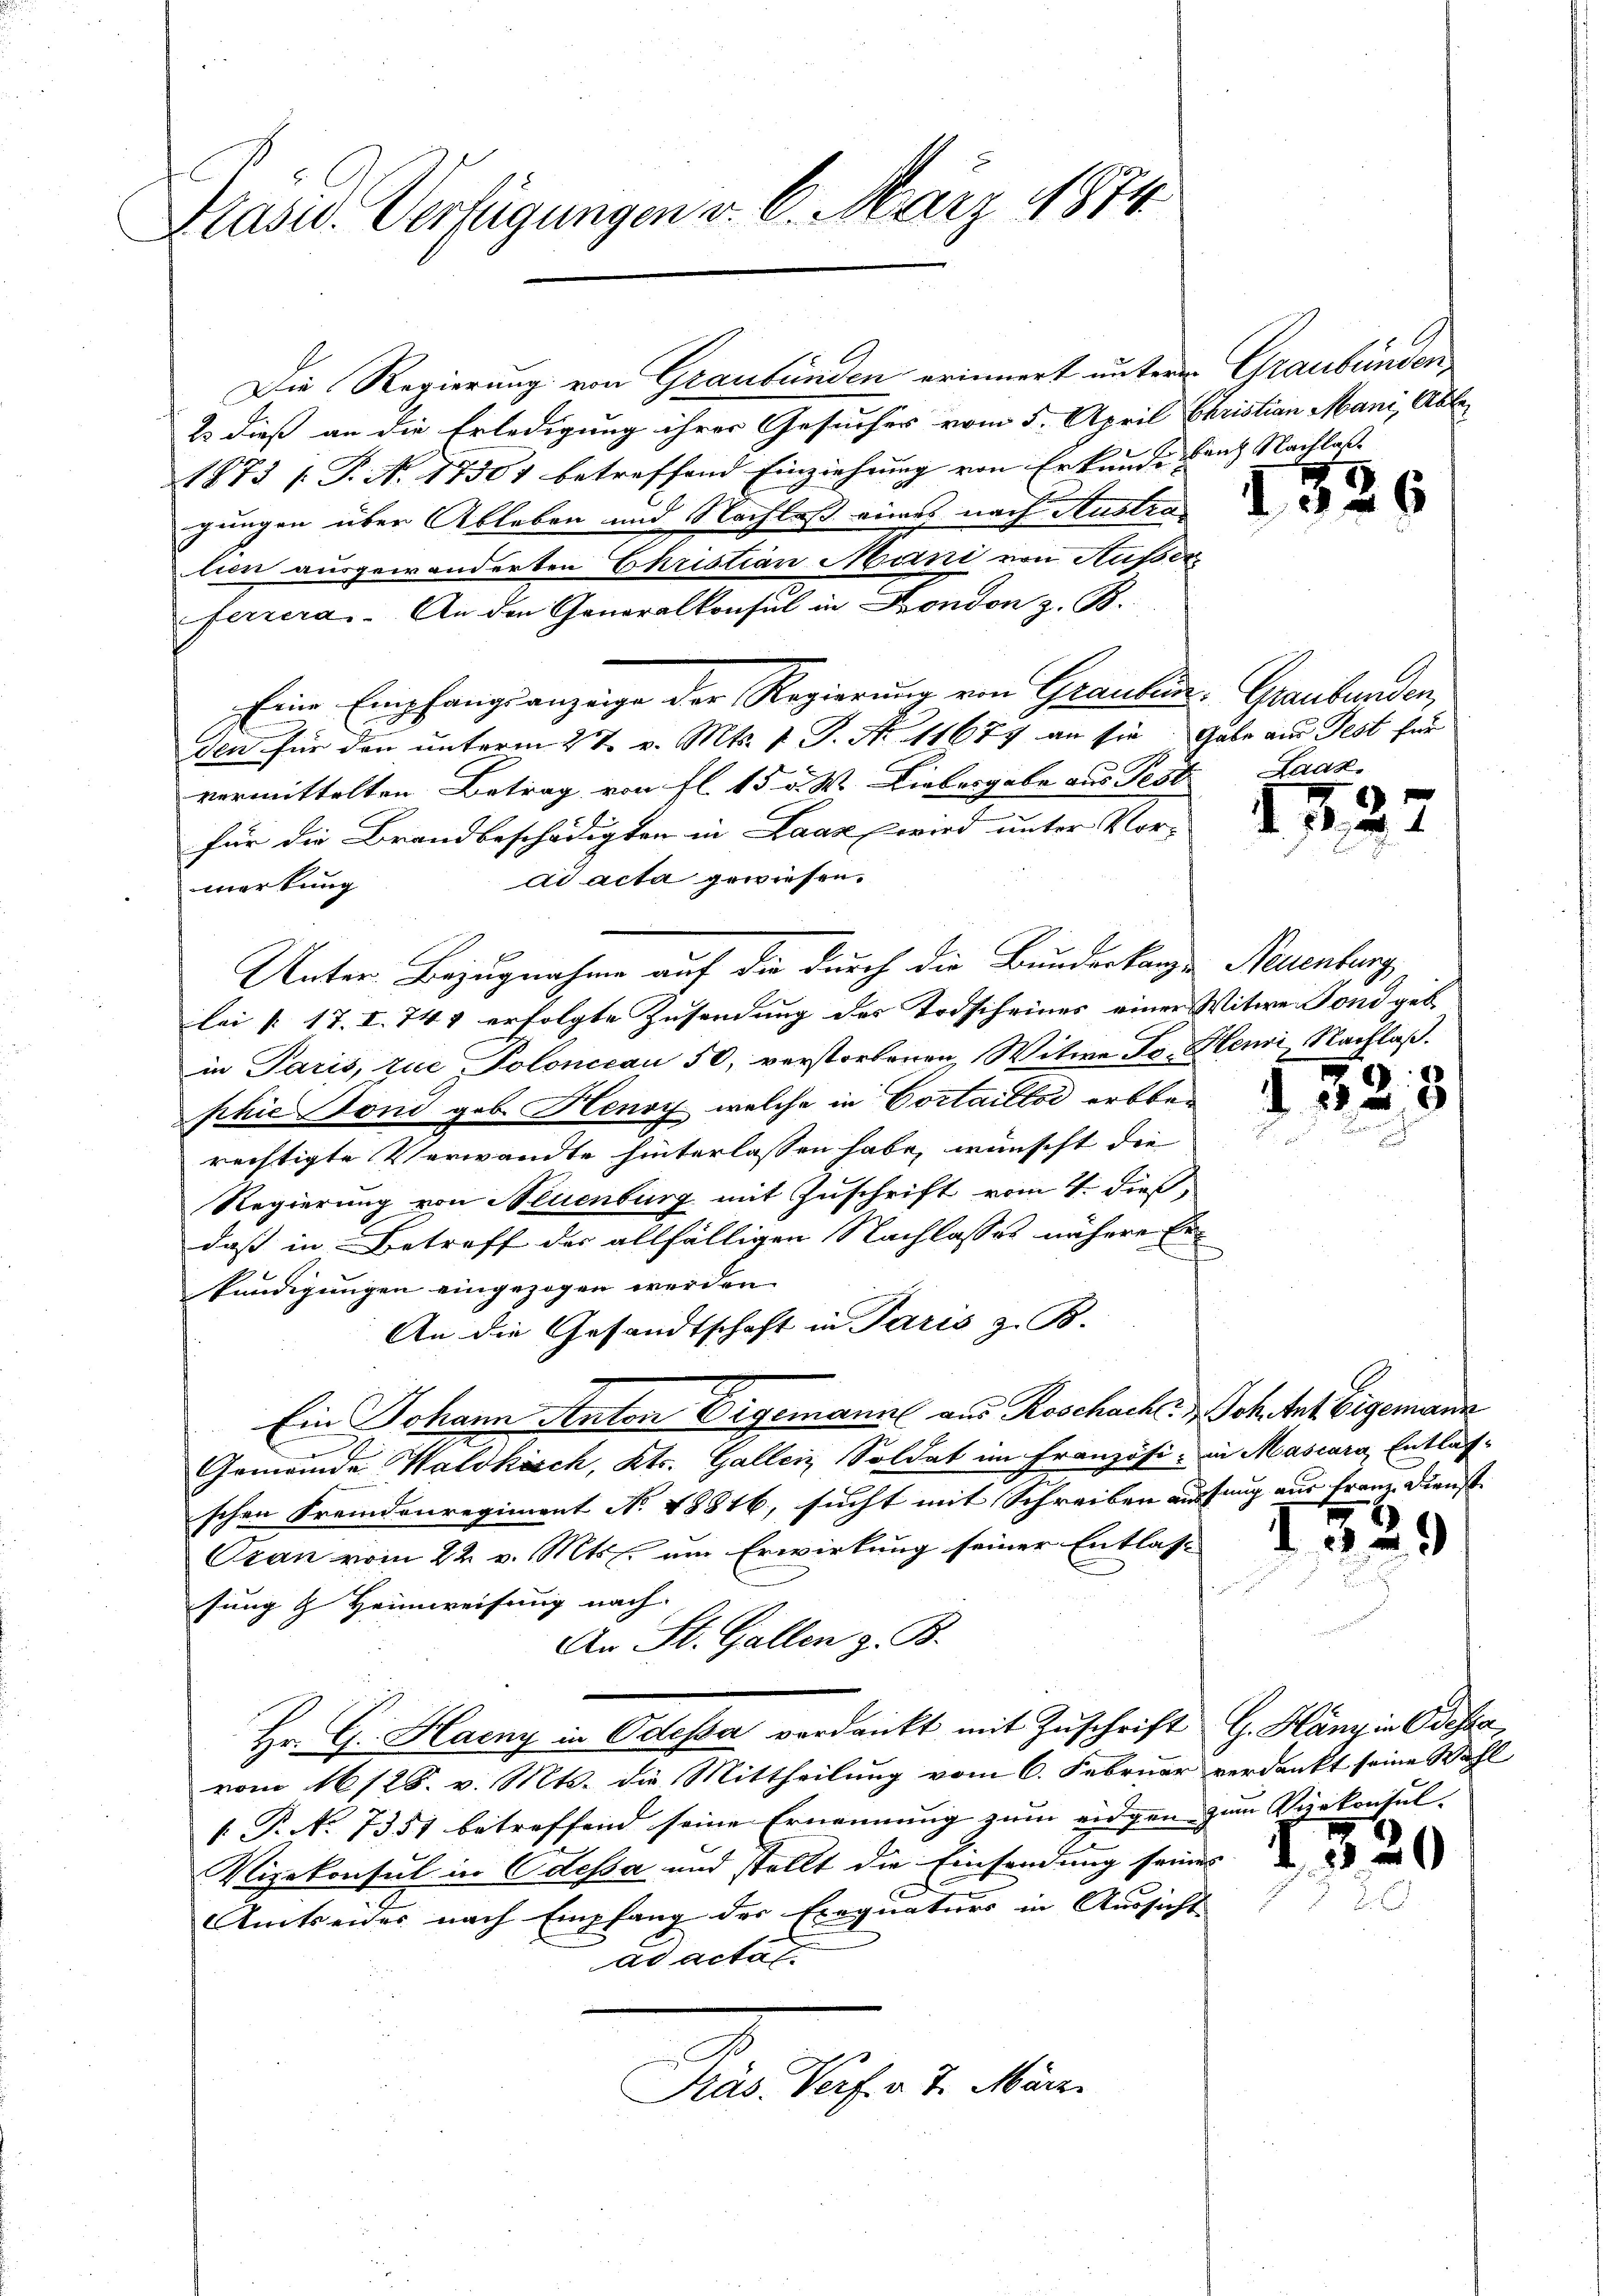
Präsid. Verfügungen v. 6. März 1874

Die Regierung von Graubünden erinnert untere Graubünden
23 dieß an die Erledigung ihrer Gesuches vom 5. April Christian Mani, Able¬
1873 s. S. N. 17501 betreffend Einziehung von Erkunde dann Nachlass |
gungen über Ableben und Nachlaß eines nach Austra
lien ausgewänderten Ehristian Mani von Ausser
ferzera. An den Generalkonsul in London z. B.
Eine Empfangsanzeige der Regierung von Graulin-Graubünden,
den für den unterm 2 t v. Mts. 1 P. Nr. 11677 an sie Gabe aus Fest für
vermittelten Betrag von fl. 15 u. W. Liebesgabe aus Pest
für die Brandbeschädigten in Laaz wird unter Vorad acta gewiesen.
merkung
Unter Bezugnahme auf die durch die Bundeskanz Neuenburg
lei § 17. I. 744 erfolgte Zusendung des Todscheines einer Witwe Fond geb.
in Paris, zue Polonccan 50, verstorbenen Witwe Jo. Hemi Nachlaß.
phie Fond geb. Henry welche in Costailloi erbber
rechtigte Verwandte hinterlassen habe, wünscht die
Regierung von Neuenburg mit Zuschrift vom 4. dieß,
daß in Betreff der allfälligen Nachlasses nähere Erkundigungen eingezogen werden.
An die Gesandtschaft in Paris z. B.
Ein Johann Anton Digsmann aus Roschach- & Sch tat Eigemann
Gemeinde Waldkisch, Kts. Gallenz, Soldat im Französi- in Mascara Entlas-
schen Fremdenregiment No 18816, sucht mit Schreiben aussung aus Franz Dienst |
Ozan vom 22. v. Mts. um Erwirkung seiner Entlas-
sung & Heimweisung nach
An St. Gallen z. B.
Hr. G. Haeny in Odessa verdankt mit Zuschrift G. Hangin Odessa,
vom 16128. v. Mts. die Mittheilung vom 6. Februar verdankt seine Wahl
 P. No. 7351 betreffend seine Ernennung zum eidgen zum Vierkonsul-
Vizekonsul in Odessa und stellt die Einsendung seines
Amtseides nach Empfang der Exequatuors in Aussicht
ad actat
Präs. Verf. v. 7. März.

Laaz.

1722

d. 18.

150

.

3

6

2